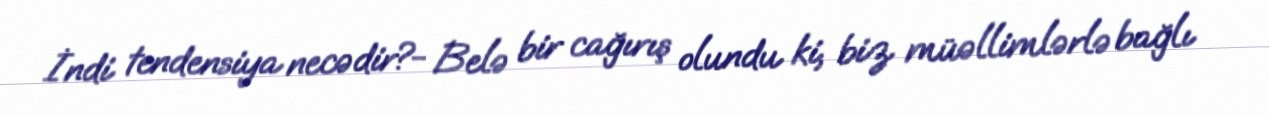
İndi tendensiya necədir?- Belə bir cağırış olundu ki, biz müəllimlərlə bağlı